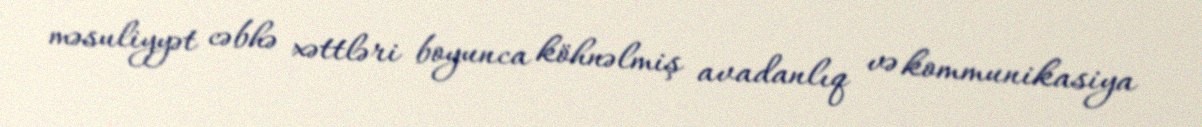
məsuliyyət cəbhə xəttləri boyunca köhnəlmiş avadanlıq və kommunikasiya